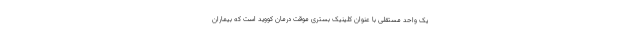
یک واحد مستقلی با عنوان کلینیک بستری موقت درمان کووید است که بیماران